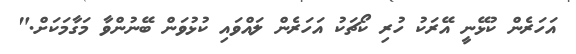
އަހަރެން ކުޅޭނީ އޭރަކު ހުރި ކޯޗަކު އަހަރެން ލައްވައި ކުޅުވަން ބޭނުންވާ މަގާމަކަށް."